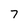
Character: 7